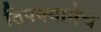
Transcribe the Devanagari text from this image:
ठिपक्यानेच